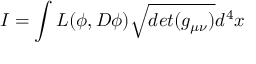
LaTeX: I = \int { \cal L } ( \phi , D \phi ) \sqrt { d e t ( g _ { \mu \nu } ) } d ^ { 4 } x